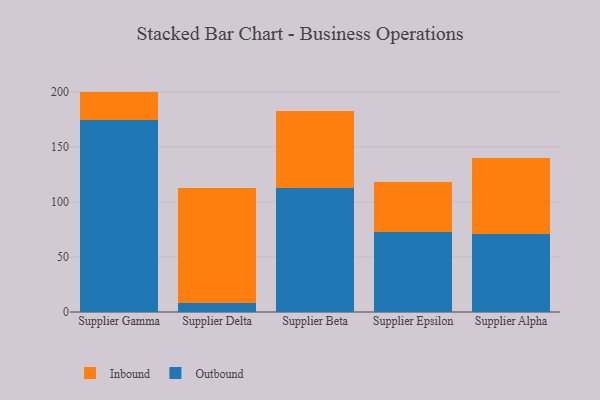
{"axis": {"x": "Supplier", "y": "Tickets Resolved"}, "legend": ["Inbound", "Outbound"], "data": [{"x": "Supplier Gamma", "y": 174.6, "type": "Outbound"}, {"x": "Supplier Gamma", "y": 25.6, "type": "Inbound"}, {"x": "Supplier Delta", "y": 8.5, "type": "Outbound"}, {"x": "Supplier Delta", "y": 104.2, "type": "Inbound"}, {"x": "Supplier Beta", "y": 112.6, "type": "Outbound"}, {"x": "Supplier Beta", "y": 69.6, "type": "Inbound"}, {"x": "Supplier Epsilon", "y": 72.8, "type": "Outbound"}, {"x": "Supplier Epsilon", "y": 45.1, "type": "Inbound"}, {"x": "Supplier Alpha", "y": 71.1, "type": "Outbound"}, {"x": "Supplier Alpha", "y": 69.0, "type": "Inbound"}]}